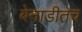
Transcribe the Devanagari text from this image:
बेनाडीतच